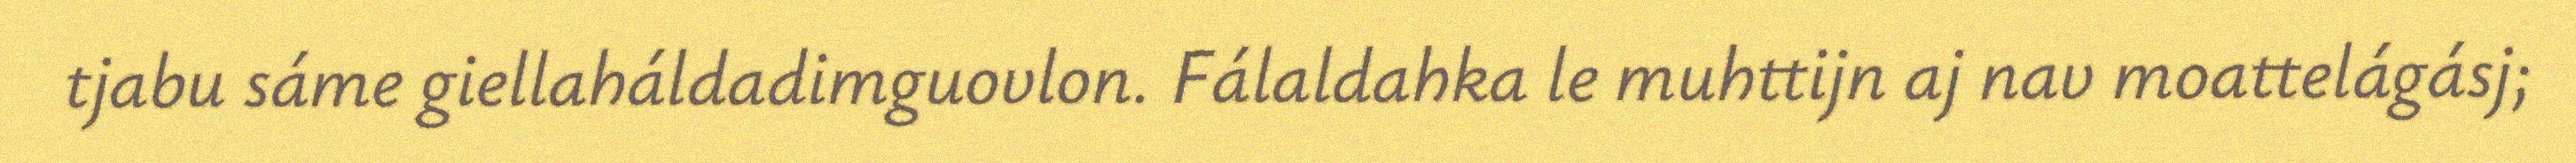
tjabu sáme giellaháldadimguovlon. Fálaldahka le muhttijn aj nav moattelágásj;